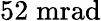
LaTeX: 52\; \mathrm{mrad}